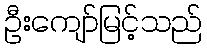
ဦးကျော်မြင့်သည်